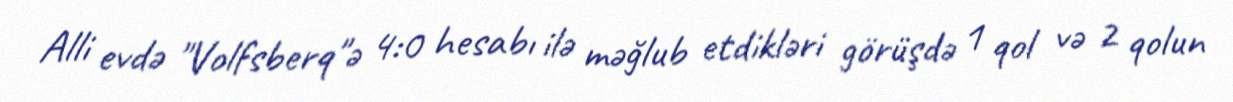
Alli evdə "Volfsberq"ə 4:0 hesabı ilə məğlub etdikləri görüşdə 1 qol və 2 qolun